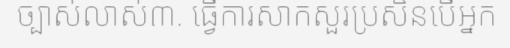
ច្បាស់លាស់៣. ធ្វើការសាកសួរប្រសិនបើអ្នក